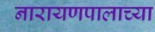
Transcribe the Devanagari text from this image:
नारायणपालाच्या